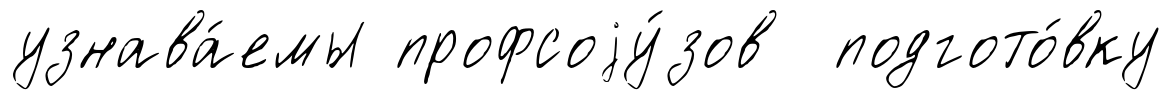
узнава́емы профсоjу́зов подгото́вку